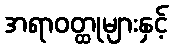
အရာဝတ္ထုများနှင့်